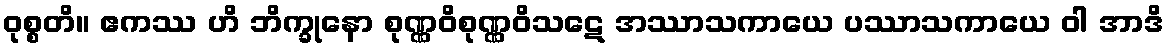
ဝုစ္စတိ။ ဧကဿ ဟိ ဘိက္ခုနော စုဏ္ဏဝိစုဏ္ဏဝိသဋေ အဿာသကာယေ ပဿာသကာယေ ဝါ အာဒိ